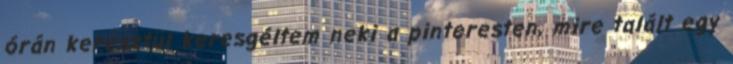
órán keresztül keresgéltem neki a pinteresten, mire talált egy